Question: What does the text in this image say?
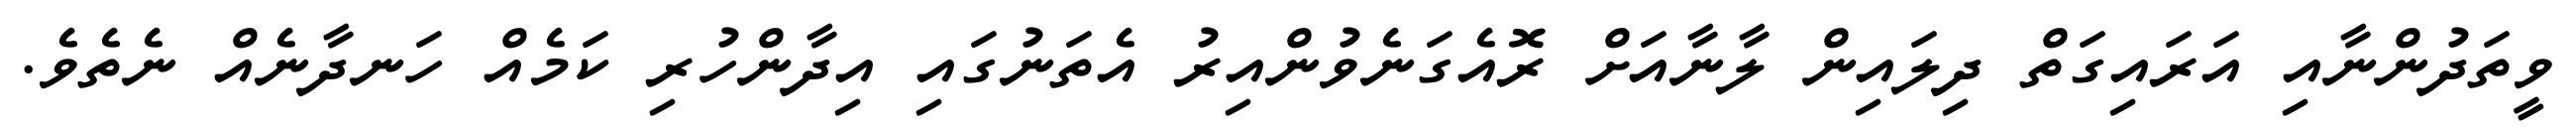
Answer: ވީތަދުންނާއި އަރައިގަތް ދިލައިން ލާނާއަށް ރޮއެގަނެވުންއިރު އެތަނުގައި އިދާންހުރި ކަމެއް ހަނދާނެއް ނެތެވެ.